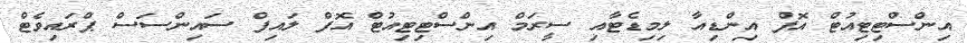
އިންސްޓިޓިއުޓް އޮފް އިންޑިއާ ލިމިޑެޓާއި ސީރަމް އިންސްޓިޓިއުޓް އޮފް ލައިފް ސައިންސަސް ޕްރައިވެޓް